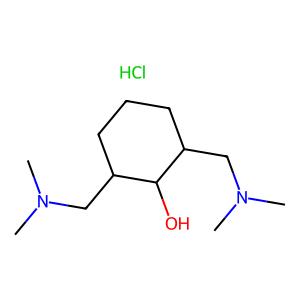
SMILES: CN(C)CC1CCCC(CN(C)C)C1O.Cl
Inhibits HIV replication: No